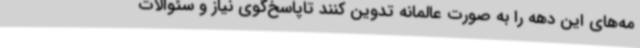
مه‌های این دهه را به صورت عالمانه تدوین کنند تاپاسخ‌گوی نیاز و سئوالات